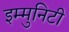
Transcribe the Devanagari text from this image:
इम्मुनिटी